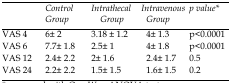
<table><thead><tr><td></td><td><b><i>Control</i><i>group</i></b></td><td><b><i>Intrathecal</i><i>group</i></b></td><td><b><i>Intravenous</i><i>Group</i></b></td><td><b><i>p value*</i></b></td></tr></thead><tbody><tr><td><i>VAS 4</i></td><td>6± 2</td><td>3.18 ± 1.2</td><td>4± 1.3</td><td>p&lt;0.0001</td></tr><tr><td><i>VAS 6</i></td><td>7.7± 1.8</td><td>2.5± 1</td><td>4± 1.8</td><td>p&lt;0.0001</td></tr><tr><td><i>VAS 12</i></td><td>2.4± 2.2</td><td>2± 1.6</td><td>2.4± 1.7</td><td>0.5</td></tr><tr><td><i>VAS 24</i></td><td>2.2± 2.2</td><td>1.5± 1.5</td><td>1.6± 1.5</td><td>0.2</td></tr></tbody></table>